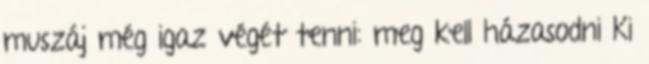
muszáj még igaz végét tenni: meg kell házasodni Ki